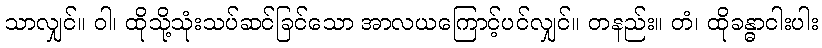
သာလျှင်။ ဝါ၊ ထိုသို့သုံးသပ်ဆင်ခြင်သော အာလယကြောင့်ပင်လျှင်။ တနည်း။ တံ၊ ထိုခန္ဓာငါးပါး